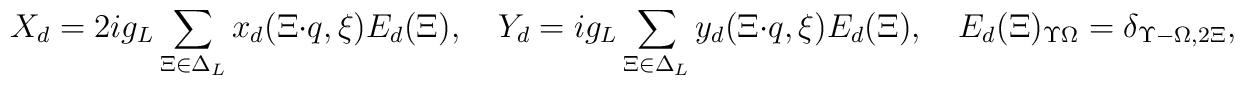
X_d=2ig_L\sum_{\Xi\in\Delta_L}x_d(\Xi\cdot   q, \xi)E_d(\Xi),\quad   	Y_d=ig_L\sum_{\Xi\in\Delta_L}y_d(\Xi\cdot   q, \xi)E_d(\Xi),\quad   	E_d(\Xi)_{\Upsilon \Omega}=\delta_{\Upsilon-\Omega,2\Xi},